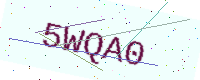
Text: 5WQA0